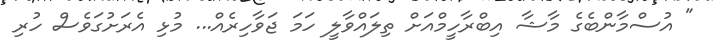
" އުސްމާންބެގެ މާޝާ އިބްރާހީމްއަށް ތިލައްވާލީ ހަމަ ޖަވާހިރެއް... މުޅި އެރަށުގަވެސް ހުރި